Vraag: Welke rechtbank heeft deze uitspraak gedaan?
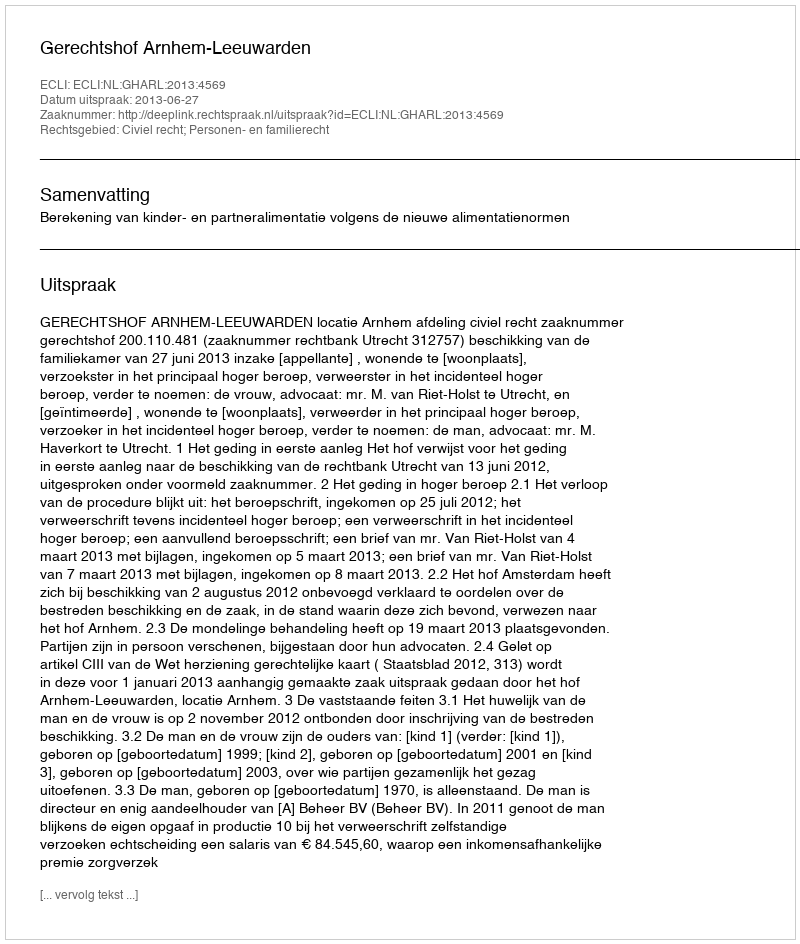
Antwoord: Gerechtshof Arnhem-Leeuwarden